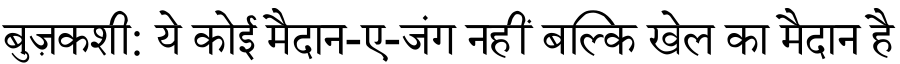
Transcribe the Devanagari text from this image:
बुज़कशी: ये कोई मैदान-ए-जंग नहीं बल्कि खेल का मैदान है